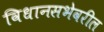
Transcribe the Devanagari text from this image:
विधानसभेवरील